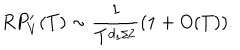
R P _ { V } ^ { \prime } ( T ) \sim \frac { 1 } { T ^ { d _ { s } / 2 } } ( 1 + O ( T ) ) .